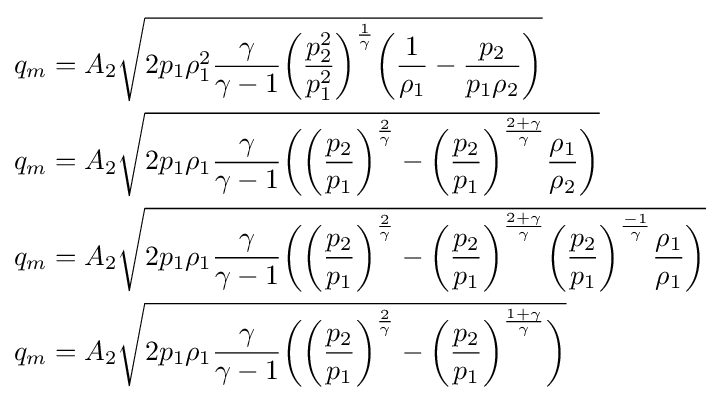
{\begin{aligned}q_{m}&=A_{2}{\sqrt {2p_{1}\rho _{1}^{2}{\frac {\gamma }{\gamma -1}}{\bigg (}{\frac {p_{2}^{2}}{p_{1}^{2}}}{\bigg )}^{\frac {1}{\gamma }}{\bigg (}{\frac {1}{\rho _{1}}}-{\frac {p_{2}}{p_{1}\rho _{2}}}{\bigg )}}}\\q_{m}&=A_{2}{\sqrt {2p_{1}\rho _{1}{\frac {\gamma }{\gamma -1}}{\bigg (}{\bigg (}{\frac {p_{2}}{p_{1}}}{\bigg )}^{\frac {2}{\gamma }}-{\bigg (}{\frac {p_{2}}{p_{1}}}{\bigg )}^{\frac {2+\gamma }{\gamma }}{\frac {\rho _{1}}{\rho _{2}}}{\bigg )}}}\\q_{m}&=A_{2}{\sqrt {2p_{1}\rho _{1}{\frac {\gamma }{\gamma -1}}{\bigg (}{\bigg (}{\frac {p_{2}}{p_{1}}}{\bigg )}^{\frac {2}{\gamma }}-{\bigg (}{\frac {p_{2}}{p_{1}}}{\bigg )}^{\frac {2+\gamma }{\gamma }}{\bigg (}{\frac {p_{2}}{p_{1}}}{\bigg )}^{\frac {-1}{\gamma }}{\frac {\rho _{1}}{\rho _{1}}}{\bigg )}}}\\q_{m}&=A_{2}{\sqrt {2p_{1}\rho _{1}{\frac {\gamma }{\gamma -1}}{\bigg (}{\bigg (}{\frac {p_{2}}{p_{1}}}{\bigg )}^{\frac {2}{\gamma }}-{\bigg (}{\frac {p_{2}}{p_{1}}}{\bigg )}^{\frac {1+\gamma }{\gamma }}{\bigg )}}}\\\end{aligned}}